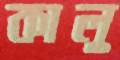
কালু